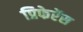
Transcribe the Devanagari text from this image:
प्रिफेरेंस